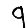
Digit: 9